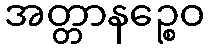
အတ္တာနဉ္စေဝ